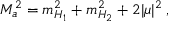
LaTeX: M _ { a } ^ { 2 } = m _ { H _ { 1 } } ^ { 2 } + m _ { H _ { 2 } } ^ { 2 } + 2 \vert \mu \vert ^ { 2 } \; ,